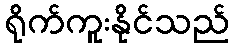
ရိုက်ကူးနိုင်သည်